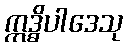
ဣဒ္ဓိပါဒေသု